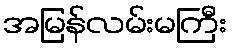
အမြန်လမ်းမကြီး